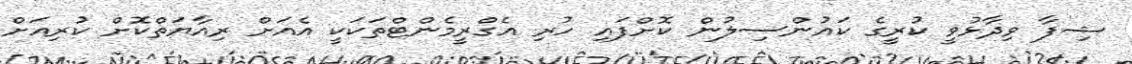
ޝިފާ ވިދާޅުވީ ކުރީގެ ކައުންސިލުން ކޮށްފައި ހުރި އެގްރީމެންޓްތަކަކީ އެއަށް ރިއާޔަތްކޮށް ކުރިއަށް